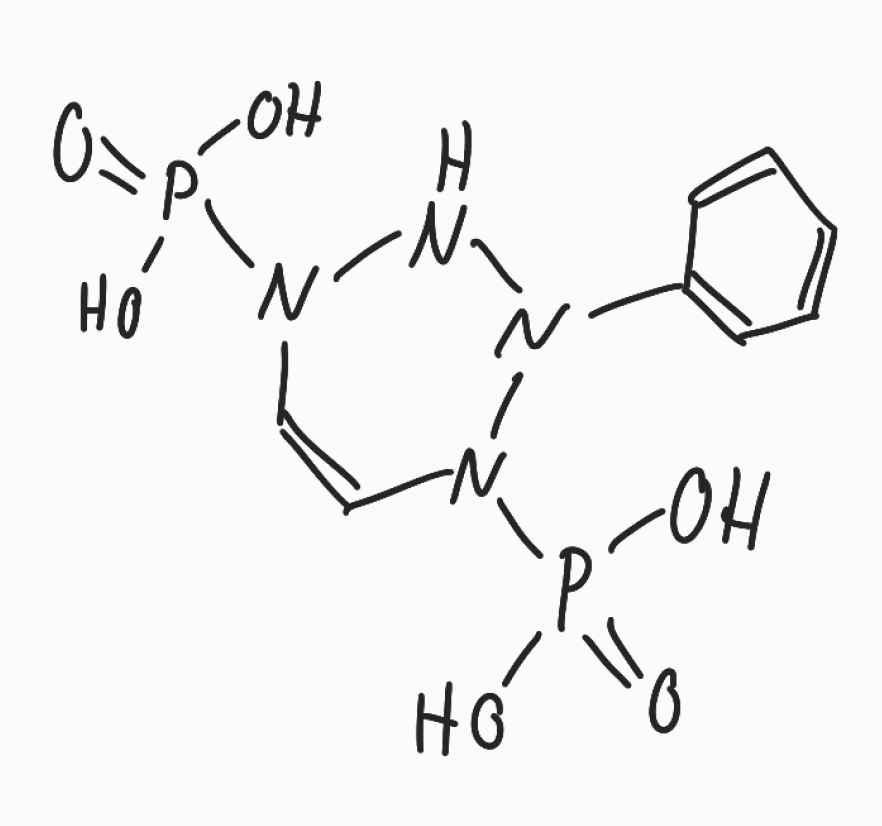
Simplified molecular-input line-entry system (SMILES) notation of the given molecule:
C1=CC=C(C=C1)N2NN(C=CN2P(=O)(O)O)P(=O)(O)O